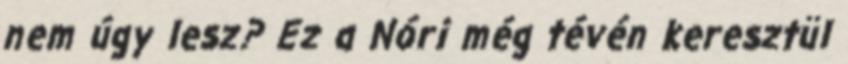
nem úgy lesz? Ez a Nóri még tévén keresztül